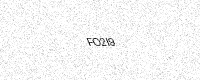
Text: FO2I9